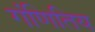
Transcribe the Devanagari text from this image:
गंणितिय